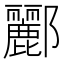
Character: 酈